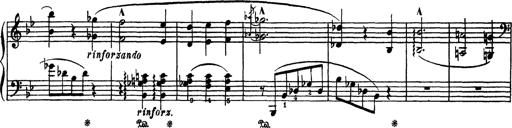
Title: AnnÃ©es de PÃ¨lerinage III
Composer: Franz Liszt